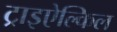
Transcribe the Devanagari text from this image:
ट्राइऐल्किल